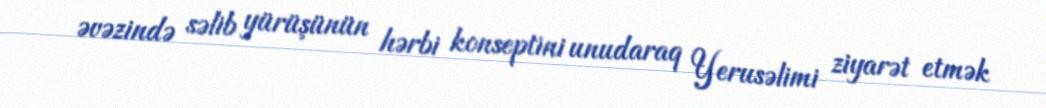
əvəzində səlib yürüşünün hərbi konseptini unudaraq Yerusəlimi ziyarət etmək